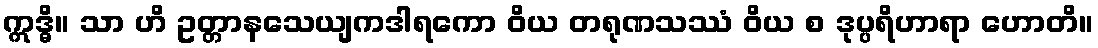
ဣဒ္ဓိ။ သာ ဟိ ဥတ္တာနသေယျကဒါရကော ဝိယ တရုဏသဿံ ဝိယ စ ဒုပ္ပရိဟာရာ ဟောတိ။